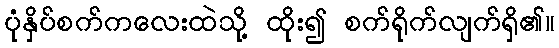
ပုံနှိပ်စက်ကလေးထဲသို့ ထိုး၍ စက်ရိုက်လျက်ရှိ၏။